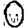
Digit: 0